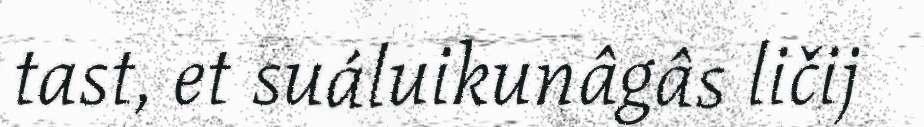
tast, et suáluikunâgâs ličij